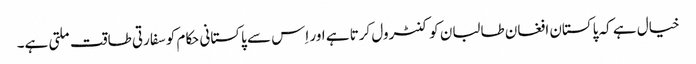
خیال ہے کہ پاکستان افغان طالبان کو کنٹرول کرتا ہے اور اِس سے پاکستانی حکام کو سفارتی طاقت ملتی ہے۔